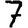
Digit: 7